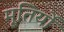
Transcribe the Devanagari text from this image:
मूतिर्यो